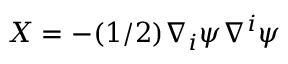
X = - ( 1 / 2 ) \nabla _ { i } \psi \nabla ^ { i } \psi